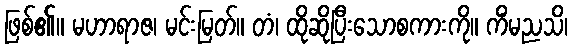
ဖြစ်၏။ မဟာရာဇ၊ မင်းမြတ်။ တံ၊ ထိုဆိုပြီးသောစကားကို။ ကိံမညသိ၊